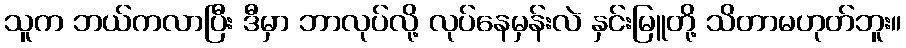
သူက ဘယ်ကလာပြီး ဒီမှာ ဘာလုပ်လို့ လုပ်နေမှန်းလဲ နှင်းမြူတို့ သိတာမဟုတ်ဘူး။